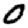
Digit: 0